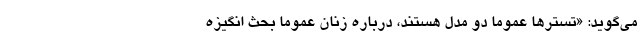
می‌گوید: «تسترها عموما دو مدل هستند، درباره زنان عموما بحث انگیزه